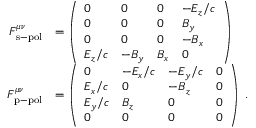
\begin{array} { r l } { F _ { \mathrm { s - p o l } } ^ { \mu \nu } } & { = \left( \begin{array} { l l l l } { 0 } & { 0 } & { 0 } & { - E _ { z } / c } \\ { 0 } & { 0 } & { 0 } & { B _ { y } } \\ { 0 } & { 0 } & { 0 } & { - B _ { x } } \\ { E _ { z } / c } & { - B _ { y } } & { B _ { x } } & { 0 } \end{array} \right) } \\ { F _ { \mathrm { p - p o l } } ^ { \mu \nu } } & { = \left( \begin{array} { l l l l } { 0 } & { - E _ { x } / c } & { - E _ { y } / c } & { 0 } \\ { E _ { x } / c } & { 0 } & { - B _ { z } } & { 0 } \\ { E _ { y } / c } & { B _ { z } } & { 0 } & { 0 } \\ { 0 } & { 0 } & { 0 } & { 0 } \end{array} \right) \; . } \end{array}